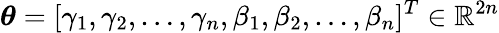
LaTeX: \boldsymbol{\theta}=[\gamma_{1},\gamma_{2},\dots,\gamma_{n},\beta_{1},\beta_{2},\dots,\beta_{n}]^{T}\in\mathbb{R}^{2n}